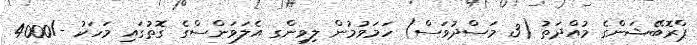
ޕްރޮބޭޝަންގެ މުއްދަތު (3 މަސްދުވަސް) ހަމަވުމުން ލިވިންގ އެލަވަންސްގެ ގޮތުގައި މަހަކު -/4000